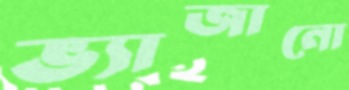
ভ্যাজানো